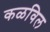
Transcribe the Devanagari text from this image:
कळविल